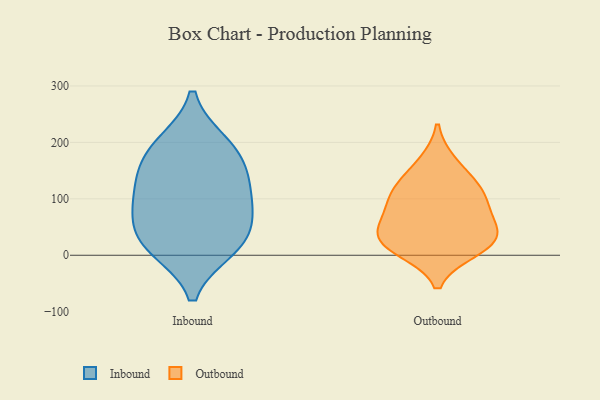
{"axis": {"x": "Website Visitors", "y": "Value"}, "legend": ["Inbound", "Outbound"], "data": [{"x": "", "y": 138, "type": "Inbound"}, {"x": "", "y": 190, "type": "Inbound"}, {"x": "", "y": 103, "type": "Inbound"}, {"x": "", "y": 12, "type": "Inbound"}, {"x": "", "y": 86, "type": "Inbound"}, {"x": "", "y": 69, "type": "Inbound"}, {"x": "", "y": 29, "type": "Inbound"}, {"x": "", "y": 18, "type": "Inbound"}, {"x": "", "y": 198, "type": "Inbound"}, {"x": "", "y": 153, "type": "Inbound"}, {"x": "", "y": 114, "type": "Outbound"}, {"x": "", "y": 121, "type": "Outbound"}, {"x": "", "y": 29, "type": "Outbound"}, {"x": "", "y": 71, "type": "Outbound"}, {"x": "", "y": 99, "type": "Outbound"}, {"x": "", "y": 163, "type": "Outbound"}, {"x": "", "y": 10, "type": "Outbound"}, {"x": "", "y": 56, "type": "Outbound"}, {"x": "", "y": 22, "type": "Outbound"}, {"x": "", "y": 27, "type": "Outbound"}]}